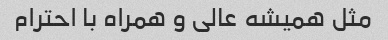
مثل همیشه عالی و همراه با احترام